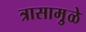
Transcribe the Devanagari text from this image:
त्रासामु़ळे